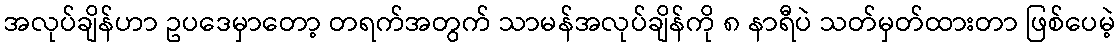
အလုပ်ချိန်ဟာ ဥပဒေမှာတော့ တရက်အတွက် သာမန်အလုပ်ချိန်ကို ၈ နာရီပဲ သတ်မှတ်ထားတာ ဖြစ်ပေမဲ့